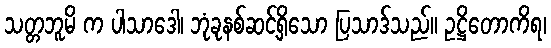
သတ္တဘူမိ က ပါသာဒေါ၊ ဘုံခုနစ်ဆင့်ရှိသော ပြသာဒ်သည်။ ဥဋ္ဌိတောကိရ၊